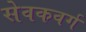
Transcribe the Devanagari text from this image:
सेवकवर्ग